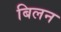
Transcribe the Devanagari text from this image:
बिलन